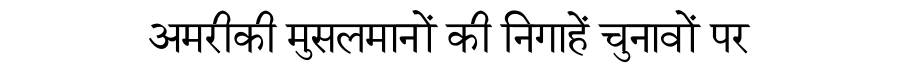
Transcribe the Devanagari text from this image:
अमरीकी मुसलमानों की निगाहें चुनावों पर